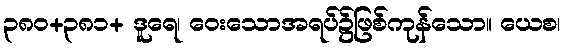
၃၈၀+၃၈၁+ ဒူရေ၊ ဝေးသောအရပ်၌ဖြစ်ကုန်သော။ ယေစ၊